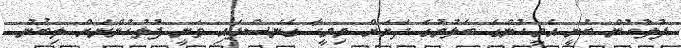
ފުލުހުން ބުނީ އެމީހުންގެ ބެލުމުގެ ދަށަށް މިމީހާ ގެނެސްފައި ވަނީ ފުލުހުންނަށް ލިބުނު